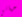
حياتى